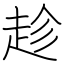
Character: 趁